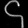
Digit: ၄